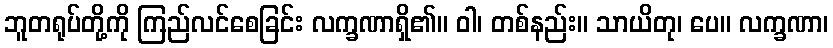
ဘူတရုပ်တို့ကို ကြည်လင်စေခြင်း လက္ခဏာရှိ၏။ ဝါ၊ တစ်နည်း။ သာယိတု၊ ပေ။ လက္ခဏာ၊